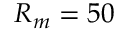
R _ { m } = 5 0